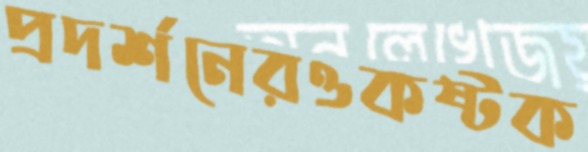
প্রদর্শনেরওকষ্টক